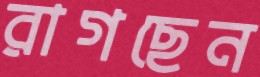
রাগছেন